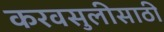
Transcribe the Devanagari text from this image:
करवसुलीसाठी